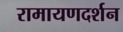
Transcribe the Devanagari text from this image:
रामायणदर्शन